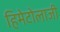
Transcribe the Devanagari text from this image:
हिमेटोलाजी